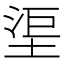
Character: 𣵹